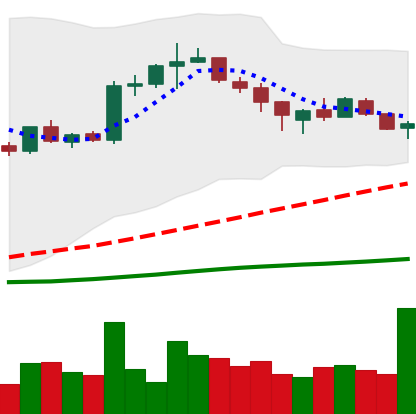
Ticker: BTC-USD
Chart end date: 2015-08-07
Forward return: -4.725%
Label: down_3_5